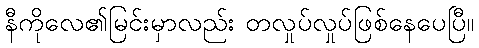
နီကိုလေ၏မြင်းမှာလည်း တလှုပ်လှုပ်ဖြစ်နေပေပြီ။